Report on the working of the mental hospitals for Indians in Bihar and Orissa - 1925-1929
Year: 1925
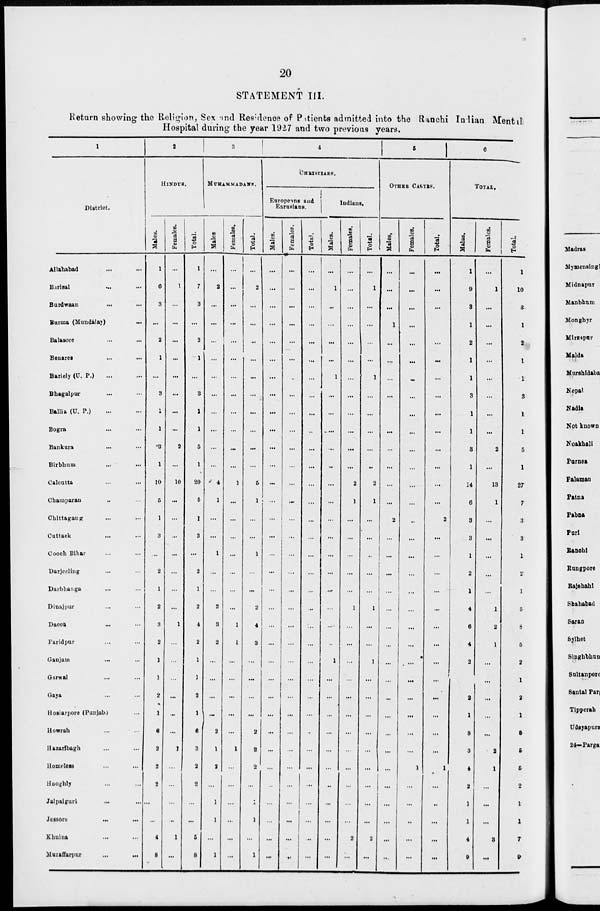
20
STATEMENT III.
Return showing the Religion, Sex and Residence of Patients admitted into the Ranchi Indian Mental
Hospital during the year 1927 and two previous years.
1
District.
Allahabad ... ...
Barisal ... ...
Burdwaan ... ...
Burma (Mundalay) ...
Balasore ... ...
Benares ... ...
Bariely (U. P.) ... ...
Bhagalpur ... ...
Ballia (U. P.) ... ...
Bogra ... ...
Bankura ... ...
Birbhum ... ...
Calcutta ... ...
Champaran ... ...
Chittagang ... ...
Cuttack ... ...
Cooch Bihar ... ...
Darjeeling ... ...
Darbhanga ... ...
Dinajpur ... ...
Dacca ... ...
Faridpur ... ...
Ganjam ... ...
Garwal ... ...
Gaya ... ...
Hosiarpore (Punjab) ...
Howrah ... ...
Hazaribagh ... ...
Homeless ... ...
Hooghly ... ...
Jalpaiguri ... ...
Jessore ... ...
Khulna ... ...
Muzaffarpur
...
...
2
HINDUS.
Males.
1
6
3
...
2
1
...
3
1
1
3
1
10
5
1
3
...
2
1
2
3
2
1
1
2
1
6
2
2
2
...
...
4
8
Females.
...
1
...
...
...
...
...
...
...
...
2
...
10
...
...
...
...
...
...
...
1
...
...
...
...
...
...
1
...
...
...
...
1
...
Total.
1
7
3
...
2
1
...
3
1
1
5
1
20
5
1
3
...
2
1
2
4
2
1
1
2
1
6
3
2
2
...
...
5
8
3
MUHAMMADANS.
Males.
...
2
...
...
...
...
...
...
...
...
...
...
4
1
...
...
1
...
...
2
3
2
...
...
...
...
2
1
2
...
1
1
...
1
Females.
...
...
...
...
...
...
...
...
...
...
...
...
1
...
...
...
...
...
...
...
1
1
...
...
...
...
...
1
...
...
...
...
...
...
Total.
...
2
...
...
...
...
...
...
...
...
...
...
5
1
...
...
1
...
...
2
4
3
...
...
...
...
2
2
2
...
1
1
...
1
4
CHRISTIANS.
Europeans and
Eurasians.
Males.
...
...
...
...
...
...
...
...
...
...
...
...
...
...
...
...
...
...
...
...
...
...
...
...
...
...
...
...
...
...
...
...
...
...
Females.
...
...
...
...
...
...
...
...
...
...
...
...
...
...
...
...
...
...
...
...
...
...
...
...
...
...
...
...
...
...
...
...
...
...
Total.
...
...
...
...
...
...
...
...
...
...
...
...
...
...
...
...
...
...
...
...
...
...
...
...
...
...
...
...
...
...
...
...
...
...
Indians.
Males.
...
1
...
...
...
...
1
...
...
....
...
...
...
...
...
...
...
...
...
...
...
...
1
...
...
...
...
...
...
...
...
...
...
...
Females.
...
...
...
...
...
...
...
...
...
...
...
...
2
1
...
...
...
...
...
1
...
...
...
...
...
...
...
...
...
...
...
...
2
...
Total.
...
1
...
...
...
...
1
...
...
...
...
...
2
1
...
...
...
...
...
1
...
...
1
...
...
...
...
...
...
...
...
...
2
...
5
OTHER CASTES.
Males.
...
...
...
1
...
...
...
...
...
...
...
...
...
...
2
...
...
...
...
...
...
...
...
...
...
...
...
...
...
...
...
...
...
...
Females.
...
...
...
...
...
...
...
...
...
...
...
...
...
...
...
...
...
...
...
...
...
...
...
...
...
...
...
...
1
...
...
...
...
...
Total.
...
...
...
1
...
...
...
...
...
...
...
...
...
...
2
...
...
...
...
...
...
...
...
...
...
...
...
...
1
...
...
...
...
...
6
TOTAL.
Males.
1
9
3
1
2
1
1
3
1
1
3
1
14
6
3
3
1
2
1
4
6
4
2
1
2
1
8
3
4
2
1
1
4
9
Females.
...
1
...
...
...
...
...
...
...
...
2
...
13
1
...
...
...
...
...
1
2
1
...
...
...
...
...
2
1
...
...
...
3
...
Total.
1
10
3
1
2
1
1
3
1
1
5
1
27
7
3
3
1
2
1
5
8
5
2
1
2
1
8
5
5
2
1
1
7
9